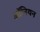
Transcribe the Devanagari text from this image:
ऑनियन